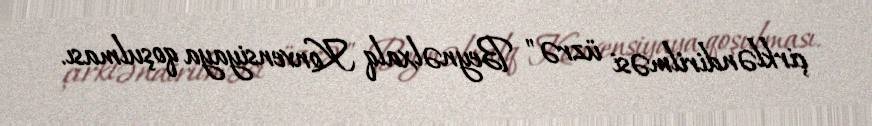
çirkləndirilməsi üzrə" Beynəlxalq Konvensiyaya qoşulması.